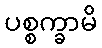
ပစ္စက္ခာမိ